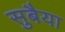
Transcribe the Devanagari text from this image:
सुबैया